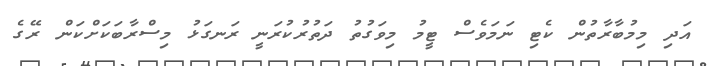
އަދި މިމުބާރާތުން ކެޓި ނަމަވެސް ޓީމު މިވަގުތު ދަތުރުކުރަނީ ރަނގަޅު މިސްރާބަކަށްކަން ރޭގެ